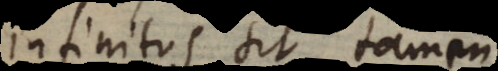
infinitus sit tamen